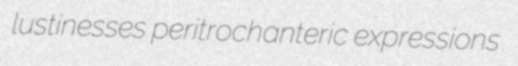
lustinesses peritrochanteric expressions